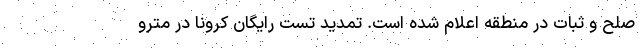
صلح و ثبات در منطقه اعلام شده است. تمدید تست رایگان کرونا در مترو